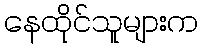
နေထိုင်သူများက